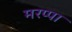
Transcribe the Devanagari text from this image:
मरप्पा